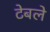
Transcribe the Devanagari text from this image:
टेबले